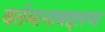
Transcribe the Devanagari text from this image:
वर्तमानाबद्दलचा